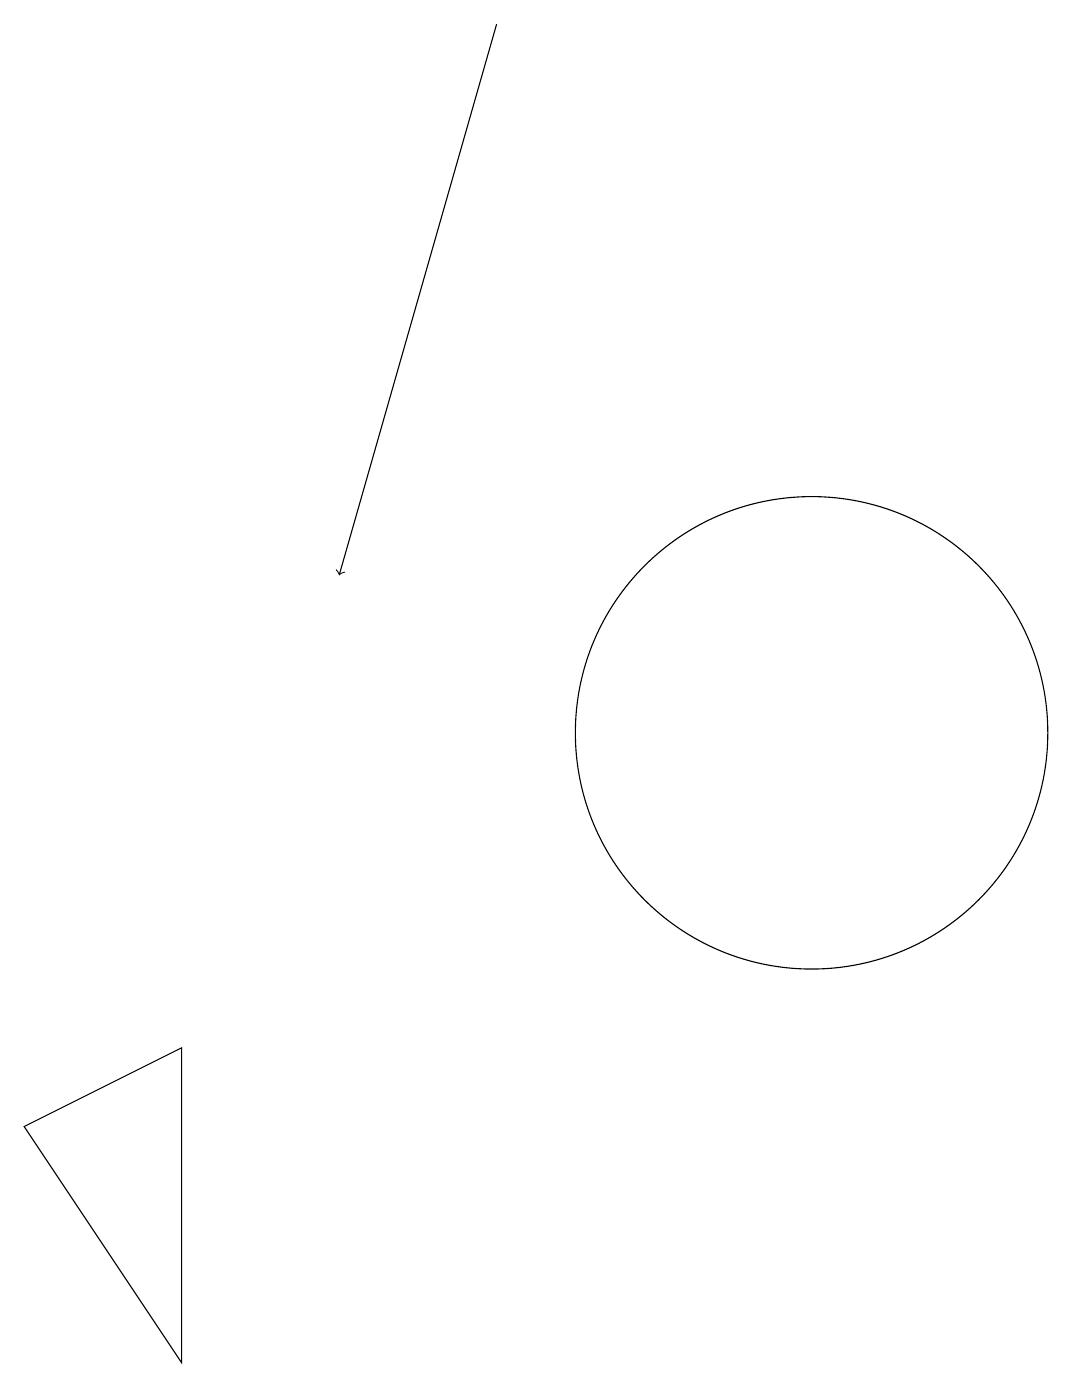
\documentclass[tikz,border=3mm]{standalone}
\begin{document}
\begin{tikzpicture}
\draw (2,5) -- (4,6) -- (4,2) -- cycle;
\draw[->] (8,19) -- (6,12);
\draw (12,10) circle (3);
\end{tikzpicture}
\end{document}